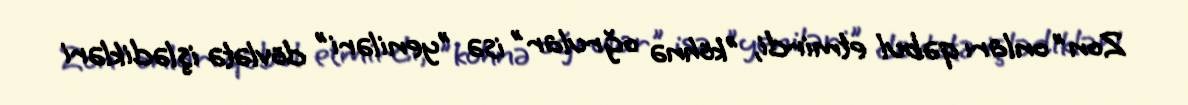
Zon" onları qəbul etmirdi, "köhnə oğrular" isə "yeniləri" dövlətə işlədikləri